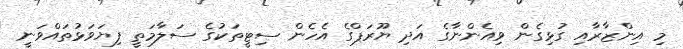
މި އިންޒާރާއި ގުޅިގެން ވިއެންނާގެ އަދި ޔޫރަޕްގެ އެހެން ސިޓީތަކުގެ ސަލާމަތީ ފިޔަވަޅުތައްވަނީ